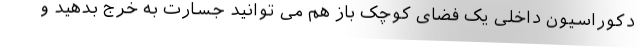
دکوراسیون داخلی یک فضای کوچک باز هم می توانید جسارت به خرج بدهید و